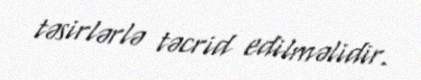
təsirlərlə təcrid edilməlidir.